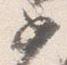
如